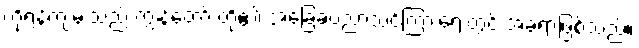
ကိုရန်ကျမ်းသည် ကျွန်တော် တို့၏ အခြေခံပညာသင်ကြားရေးတွင် အခရာဖြစ်သည်။